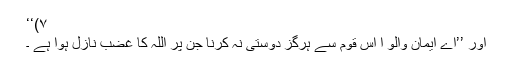
۷)‘‘
اور ’’اے ایمان والو ا اس قوم سے ہرگز دوستی نہ کرنا جن پر اللہ کا غضب نازل ہوا ہے ۔